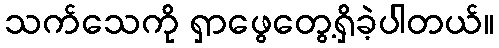
သက်သေကို ရှာဖွေတွေ့ရှိခဲ့ပါတယ်။